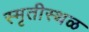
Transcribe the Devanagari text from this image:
स्मृतीस्थळ